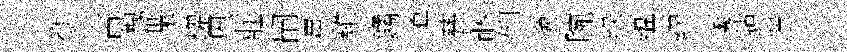
銜古槐堞耀夙莊嗣薑雞鐍鴇甆硱倒邈腕绿蕴繆透藐遄